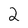
Character: 2